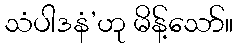
သံပါဒနံ’ဟု မိန့်သော်။